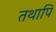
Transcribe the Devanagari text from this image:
तथापि